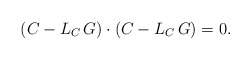
\begin{align*}(C - L_{C}\, G) \cdot (C - L_{C}\, G) = 0 .\end{align*}